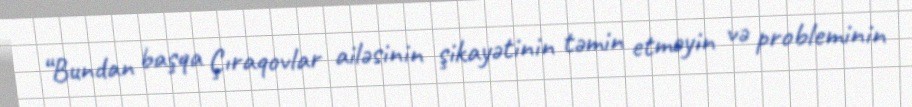
“Bundan başqa Çıraqovlar ailəsinin şikayətinin təmin etməyin və probleminin